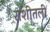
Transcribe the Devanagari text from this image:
राशीतली